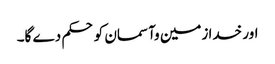
اور خدا زمین وآسمان کو حکم دے گا۔